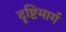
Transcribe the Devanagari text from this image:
दृष्टिमार्ग